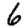
Digit: 6